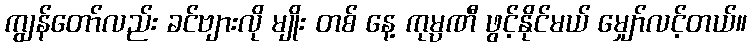
ကျွန်တော်လည်း ခင်ဗျားလို မျိုး တစ် နေ့ ကုမ္ပဏီ ဖွင့်နိုင်မယ် မျှော်လင့်တယ်။